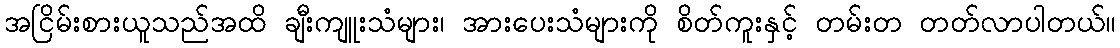
အငြိမ်းစားယူသည်အထိ ချီးကျူးသံများ၊ အားပေးသံများကို စိတ်ကူးနှင့် တမ်းတ တတ်လာပါတယ်။